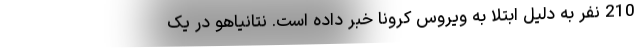
210 نفر به دلیل ابتلا به ویروس کرونا خبر داده است. نتانیاهو در یک